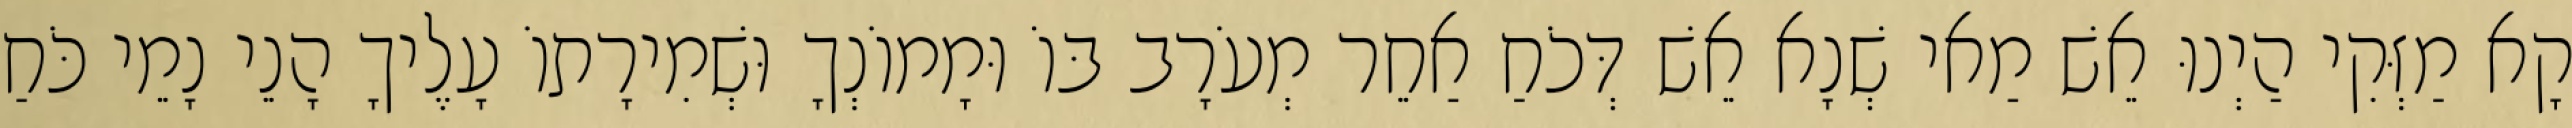
קָא מַזְּקִי הַיְנוּ אֵשׁ מַאי שְׁנָא אֵשׁ דְּכֹחַ אַחֵר מְעֹרָב בּוֹ וּמָמוֹנְךָ וּשְׁמִירָתוֹ עָלֶיךָ הָנֵי נָמֵי כֹּחַ